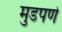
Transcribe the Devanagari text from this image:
मुडपणे